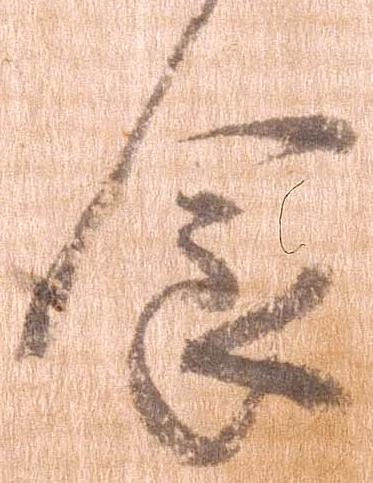
食